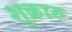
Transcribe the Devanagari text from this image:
शुक्रारु